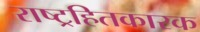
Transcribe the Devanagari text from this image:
राष्ट्रहितकारक